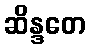
ဆိန္ဒတေ